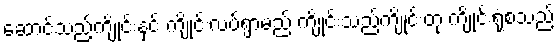
ဆောင်သည့်ကျိုင်းနှင့် ကျိုင်းလပ်ရွာမည် ကျိုင်းသည်ကျိုင်းတုံ ကျိုင်းရုံစသည်